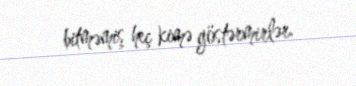
bitməmiş heç kimə göstərmirlər.